Report on vaccination in Madras 1904-1921 - 1904-1921
Year: 1904
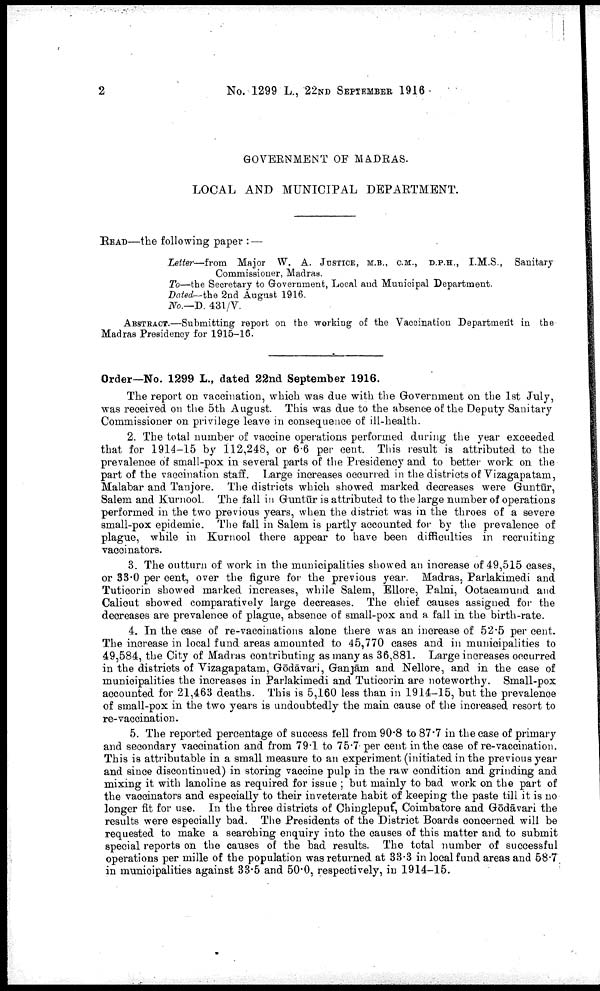
2
No. 1299 L., 22ND SEPTEMBER 1916
GOVERNMENT OF MADRAS.
LOCAL AND MUNICIPAL DEPARTMENT.
READ—the following paper : —
Letter—from Major W. A. JUSTICE, M.B., C.M., D.P.H., I.M.S., Sanitary
Commissioner, Madras.
To—the Secretary to Government, Local and Municipal Department.
Dated—the 2nd August 1916.
No.—D. 431/V.
ABSTRACT.—Submitting report on the working of the Vaccination Department in the
Madras Presidency for 1915-16.
Order—No. 1299 L., dated 22nd September 1916.
The report on vaccination, which was due with the Government on the 1st July,
was received on the 5th August. This was due to the absence of the Deputy Sanitary
Commissioner on privilege leave in consequence of ill-health.
2. The total number of vaccine operations performed during the year exceeded
that for 1914-15 by 112,248, or 6.6 per cent. This result is attributed to the
prevalence of small-pox in several parts of the Presidency and to better work on the
part of the vaccination staff. Large increases occurred in the districts of Vizagapatam,
Malabar and Tanjore. The districts which showed marked decreases were Guntūr,
Salem and Kurnool. The fall in Guntūr is attributed to the large number of operations
performed in the two previous years, when the district was in the throes of a severe
small-pox epidemic. The fall in Salem is partly accounted for by the prevalence of
plague, while in Kurnool there appear to have been difficulties in recruiting
vaccinators.
3. The outturn of work in the municipalities showed an increase of 49,515 cases,
or 33.0 per cent, over the figure for the previous year. Madras, Parlakimedi and
Tuticorin showed marked increases, while Salem, Ellore, Palni, Ootacamund and
Calicut showed comparatively large decreases. The chief causes assigned for the
decreases are prevalence of plague, absence of small-pox and a fall in the birth-rate.
4. In the case of re-vaccinations alone there was an increase of 52.5 per cent.
The increase in local fund areas amounted to 45,770 cases and in municipalities to
49,584, the City of Madras contributing as many as 36,881. Large increases occurred
in the districts of Vizagapatam, Gōdāvari, Ganjām and Nellore, and in the case of
municipalities the increases in Parlakimedi and Tuticorin are noteworthy. Small-pox
accounted for 21,463 deaths. This is 5,160 less than in 1914-15, but the prevalence
of small-pox in the two years is undoubtedly the main cause of the increased resort to
re-vaccination.
5. The reported percentage of success fell from 90.8 to 87.7 in the case of primary
and secondary vaccination and from 79.1 to 75.7 per cent in the case of re-vaccination.
This is attributable in a small measure to an experiment (initiated in the previous year
and since discontinued) in storing vaccine pulp in the raw condition and grinding and
mixing it with lanoline as required for issue ; but mainly to bad work on the part of
the vaccinators and especially to their inveterate habit of keeping the paste till it is no
longer fit for use. In the three districts of Chingleput, Coimbatore and Gōdāvari the
results were especially bad. The Presidents of the District Boards concerned will be
requested to make a searching enquiry into the causes of this matter and to submit
special reports on the causes of the bad results. The total number of successful
operations per mille of the population was returned at 33.3 in local fund areas and 58.7
in municipalities against 33.5 and 50.0, respectively, in 1914-15.